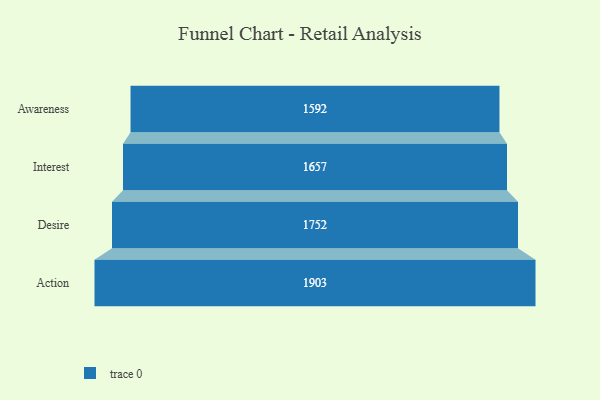
{"axis": {"x": "Stage", "y": "Value"}, "legend": [""], "data": [{"x": "Awareness", "y": 1592.0, "type": ""}, {"x": "Interest", "y": 1657.0, "type": ""}, {"x": "Desire", "y": 1752.0, "type": ""}, {"x": "Action", "y": 1903.0, "type": ""}]}